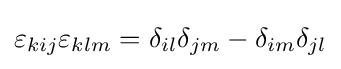
\varepsilon _{kij}\varepsilon _{klm}=\delta _{il}\delta _{jm}-\delta _{im}\delta _{jl}